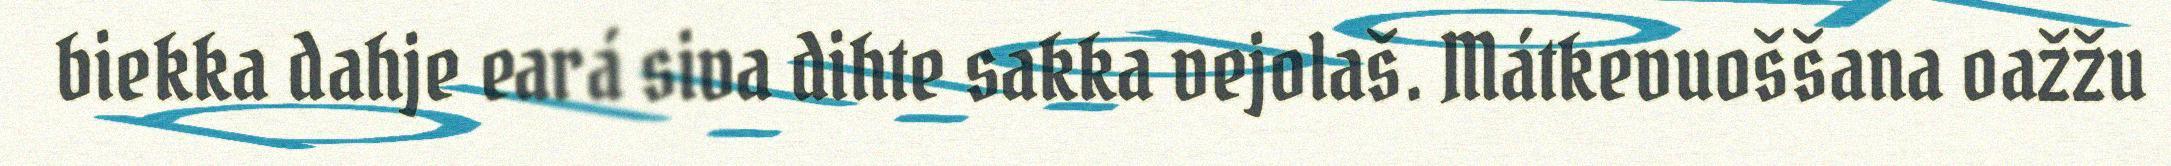
biekka dahje eará siva dihte sakka vejolaš. Mátkevuoššana oažžu